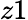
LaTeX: z1